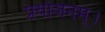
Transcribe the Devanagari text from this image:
प्रयोजनम्।